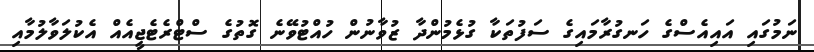
ނަމުގައި އައިއެސްގެ ހަނގުރާމައިގެ ސަފުތަކާ ގުޅެމުންދާ ޒުވާނުން ހުއްޓުވޭނެ ގޮތުގެ ސްޓްރެޓެޖީއެއް އެކުލަވާލުމާއި